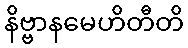
နိဗ္ဗာနမေဟိတီတိ